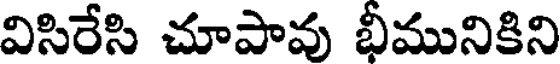
విసిరేసి చూపావు భీమునికిని